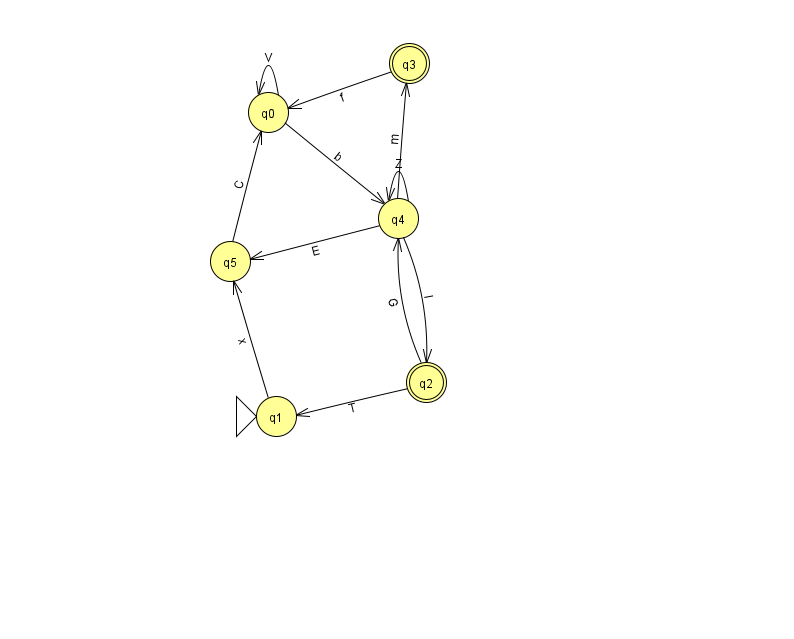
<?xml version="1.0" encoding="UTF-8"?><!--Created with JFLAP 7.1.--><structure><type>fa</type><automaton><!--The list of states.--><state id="0" name="q0"><x>268.0</x><y>99.0</y></state><state id="1" name="q1"><x>276.0</x><y>403.0</y><initial/></state><state id="2" name="q2"><x>426.0</x><y>369.0</y><final/></state><state id="3" name="q3"><x>409.0</x><y>50.0</y><final/></state><state id="4" name="q4"><x>398.0</x><y>205.0</y></state><state id="5" name="q5"><x>230.0</x><y>248.0</y></state><!--The list of transitions.--><transition><from>2</from><to>4</to><read>G</read></transition><transition><from>0</from><to>4</to><read>b</read></transition><transition><from>0</from><to>0</to><read>V</read></transition><transition><from>1</from><to>5</to><read>x</read></transition><transition><from>4</from><to>3</to><read>m</read></transition><transition><from>4</from><to>5</to><read>E</read></transition><transition><from>5</from><to>0</to><read>C</read></transition><transition><from>4</from><to>4</to><read>Z</read></transition><transition><from>3</from><to>0</to><read>f</read></transition><transition><from>4</from><to>2</to><read>l</read></transition><transition><from>2</from><to>1</to><read>T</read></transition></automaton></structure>